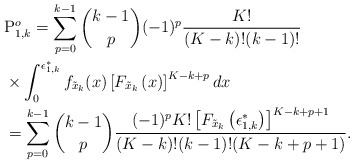
\begin{align*}&\mathrm{P}^o_{1,k} = \sum^{k-1}_{p=0}{k-1 \choose p} (-1)^p \frac{K!}{(K-k)!(k-1)!}\\ &\times \int^{\epsilon_{1,k}^* }_{0} f_{\tilde{x}_k}(x)\left[F_{\tilde{x}_k}\left(x\right) \right]^{K-k+p} dx \\ &= \sum^{k-1}_{p=0}{k-1 \choose p} \frac{(-1)^p K!\left[F_{\tilde{x}_k}\left(\epsilon_{1,k}^*\right) \right]^{K-k+p+1} }{(K-k)!(k-1)!(K-k+p+1)} .\end{align*}